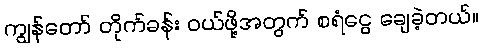
ကျွန်တော် တိုက်ခန်း ဝယ်ဖို့အတွက် စရံငွေ ချေခဲ့တယ်။